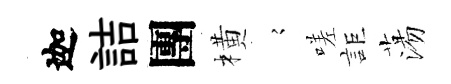
迦詰團橫𡪹嗟詎蕩